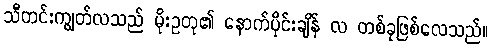
သီတင်းကျွတ်လသည် မိုးဥတု၏ နောက်ပိုင်းချိန် လ တစ်ခုဖြစ်လေသည်။